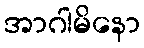
အာဂါမိနော